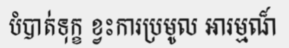
បំបាត់ទុក្ខ ខ្វះការប្រមូល អារម្មណ៏